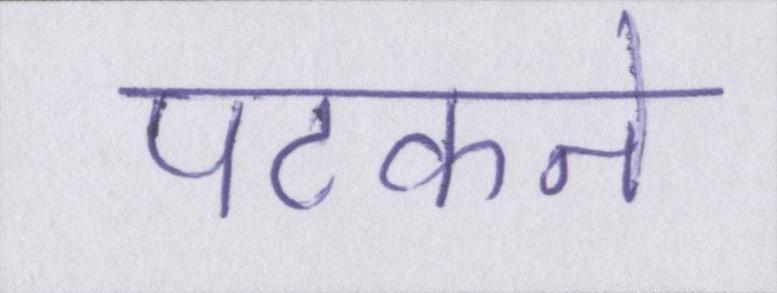
पटकने